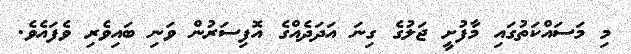
މި މަސައްކަތުގައި މާފުށީ ޖަލުގެ ގިނަ އަދަދެއްގެ އޮފިސަރުން ވަނި ބައިވެރި ވެފައެވެ.